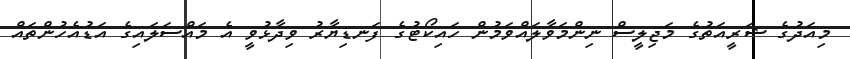
މިއަދުގެ ޝަރީއަތުގެ މަޖިލީސް ނިންމަވާލައްވަމުން ހައިކޯޓުގެ ފަނޑިޔާރު ވިދާޅުވީ އެ މައްސަލައިގެ އަޑުއެހުންތައް